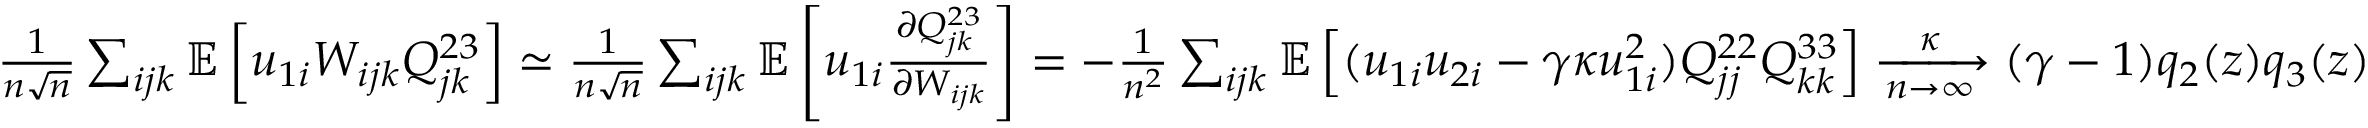
\begin{array} { r } { \frac { 1 } { n \sqrt n } \sum _ { i j k } \mathbb { E } \left[ u _ { 1 i } W _ { i j k } Q _ { j k } ^ { 2 3 } \right] \simeq \frac { 1 } { n \sqrt n } \sum _ { i j k } \mathbb { E } \left[ u _ { 1 i } \frac { \partial Q _ { j k } ^ { 2 3 } } { \partial W _ { i j k } } \right] = - \frac { 1 } { n ^ { 2 } } \sum _ { i j k } \mathbb { E } \left[ ( u _ { 1 i } u _ { 2 i } - \gamma \kappa u _ { 1 i } ^ { 2 } ) Q _ { j j } ^ { 2 2 } Q _ { k k } ^ { 3 3 } \right] \xrightarrow [ n \to \infty ] \kappa ( \gamma - 1 ) q _ { 2 } ( z ) q _ { 3 } ( z ) } \end{array}